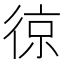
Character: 𭛵